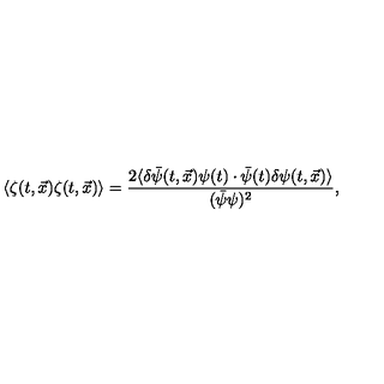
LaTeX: \langle \zeta ( t , \vec { x } ) \zeta ( t , \vec { x } ) \rangle = \frac { 2 \langle \delta \bar { \psi } ( t , \vec { x } ) \psi ( t ) \cdot \bar { \psi } ( t ) \delta \psi ( t , \vec { x } ) \rangle } { ( \bar { \psi } \psi ) ^ { 2 } } ,